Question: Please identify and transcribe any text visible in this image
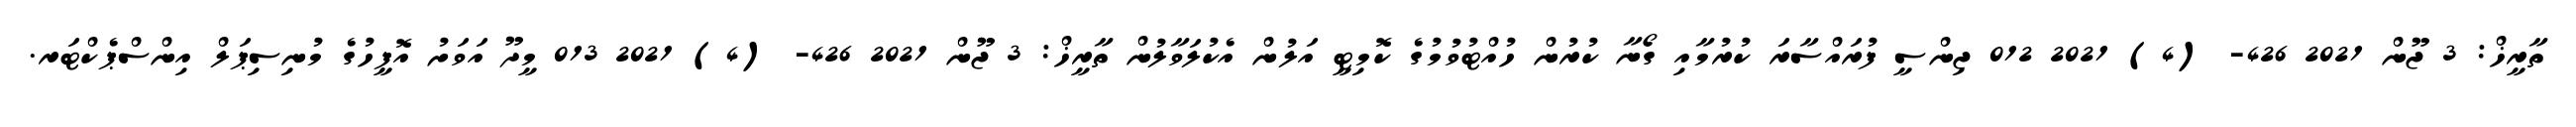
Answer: ތާރީޚް: 3 ޖޫން 2021 426- (4) 2021 012 ޖިންސީ ފުރައްސާރަ ކުރުމާއި ގޯނާ ކުރުން ހުއްޓުވުމުގެ ކޮމިޓީ އަލުން އެކުލަވާލުން ތާރީޚް: 3 ޖޫން 2021 426- (4) 2021 013 މީދޫ އަވަށު އޮފީހުގެ މުނިސިޕަލް އިންސްޕެކްޓަރ.